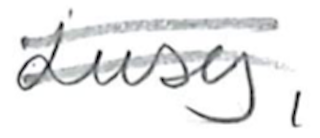
Text: Lucy,
Cross-out: double-line
Writing tool: pencil